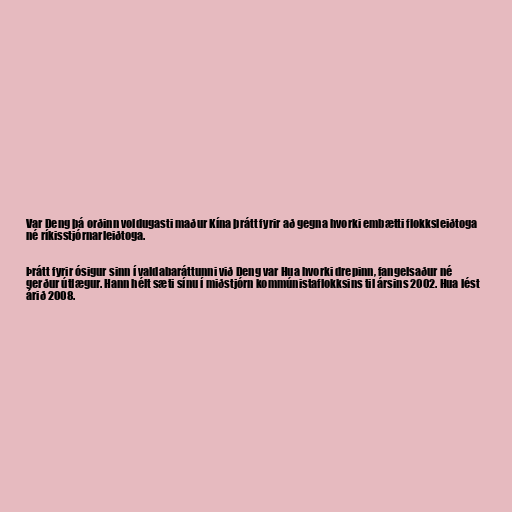
Var Deng þá orðinn voldugasti maður Kína þrátt fyrir að gegna hvorki embætti flokksleiðtoga
né ríkisstjórnarleiðtoga.

Þrátt fyrir ósigur sinn í valdabaráttunni við Deng var Hua hvorki drepinn, fangelsaður né
gerður útlægur. Hann hélt sæti sínu í miðstjórn kommúnistaflokksins til ársins 2002. Hua lést
árið 2008.